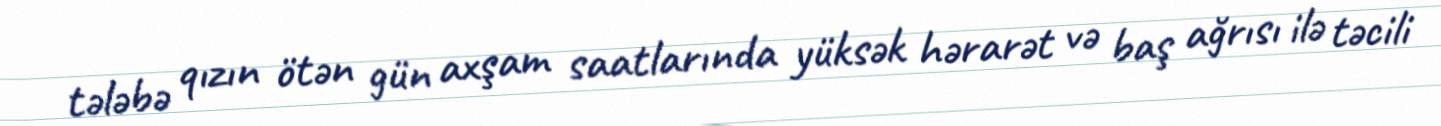
tələbə qızın ötən gün axşam saatlarında yüksək hərarət və baş ağrısı ilə təcili